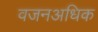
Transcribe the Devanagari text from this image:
वजनअधिक